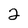
Character: 2